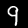
Digit: 9